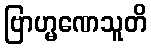
ဗြာဟ္မဏေသူတိ